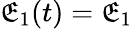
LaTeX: \mathfrak{E}_{1}(t)=\mathfrak{E}_{1}